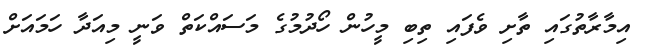
އިމާރާތުގައި ތާށި ވެފައި ތިބި މީހުން ހޯދުމުގެ މަސައްކަތް ވަނީ މިއަދާ ހަމައަށް